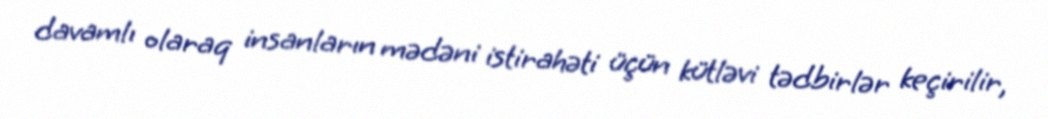
davamlı olaraq insanların mədəni istirahəti üçün kütləvi tədbirlər keçirilir,